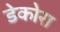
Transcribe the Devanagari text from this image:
डेकोरा